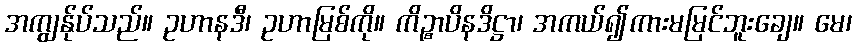
အကျွန်ုပ်သည်။ ဥဟာနဒီ၊ ဥဟာမြစ်ကို။ ကိဉ္စာပိနဒိဋ္ဌာ၊ အကယ်၍ကားမမြင်ဘူးချေ။ မေ၊